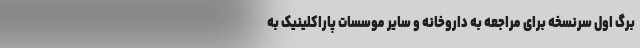
برگ اول سرنسخه برای مراجعه به داروخانه و سایر موسسات پاراکلینیک به